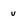
Character: v